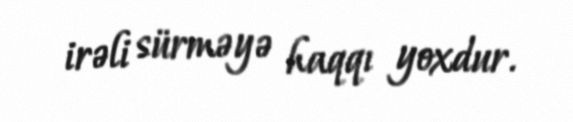
irəli sürməyə haqqı yoxdur.